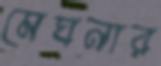
মেঘনার